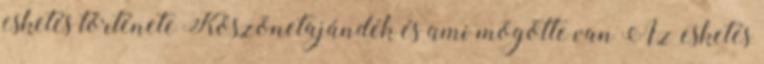
esketés története Köszönetajándék és ami mögötte van Az esketés